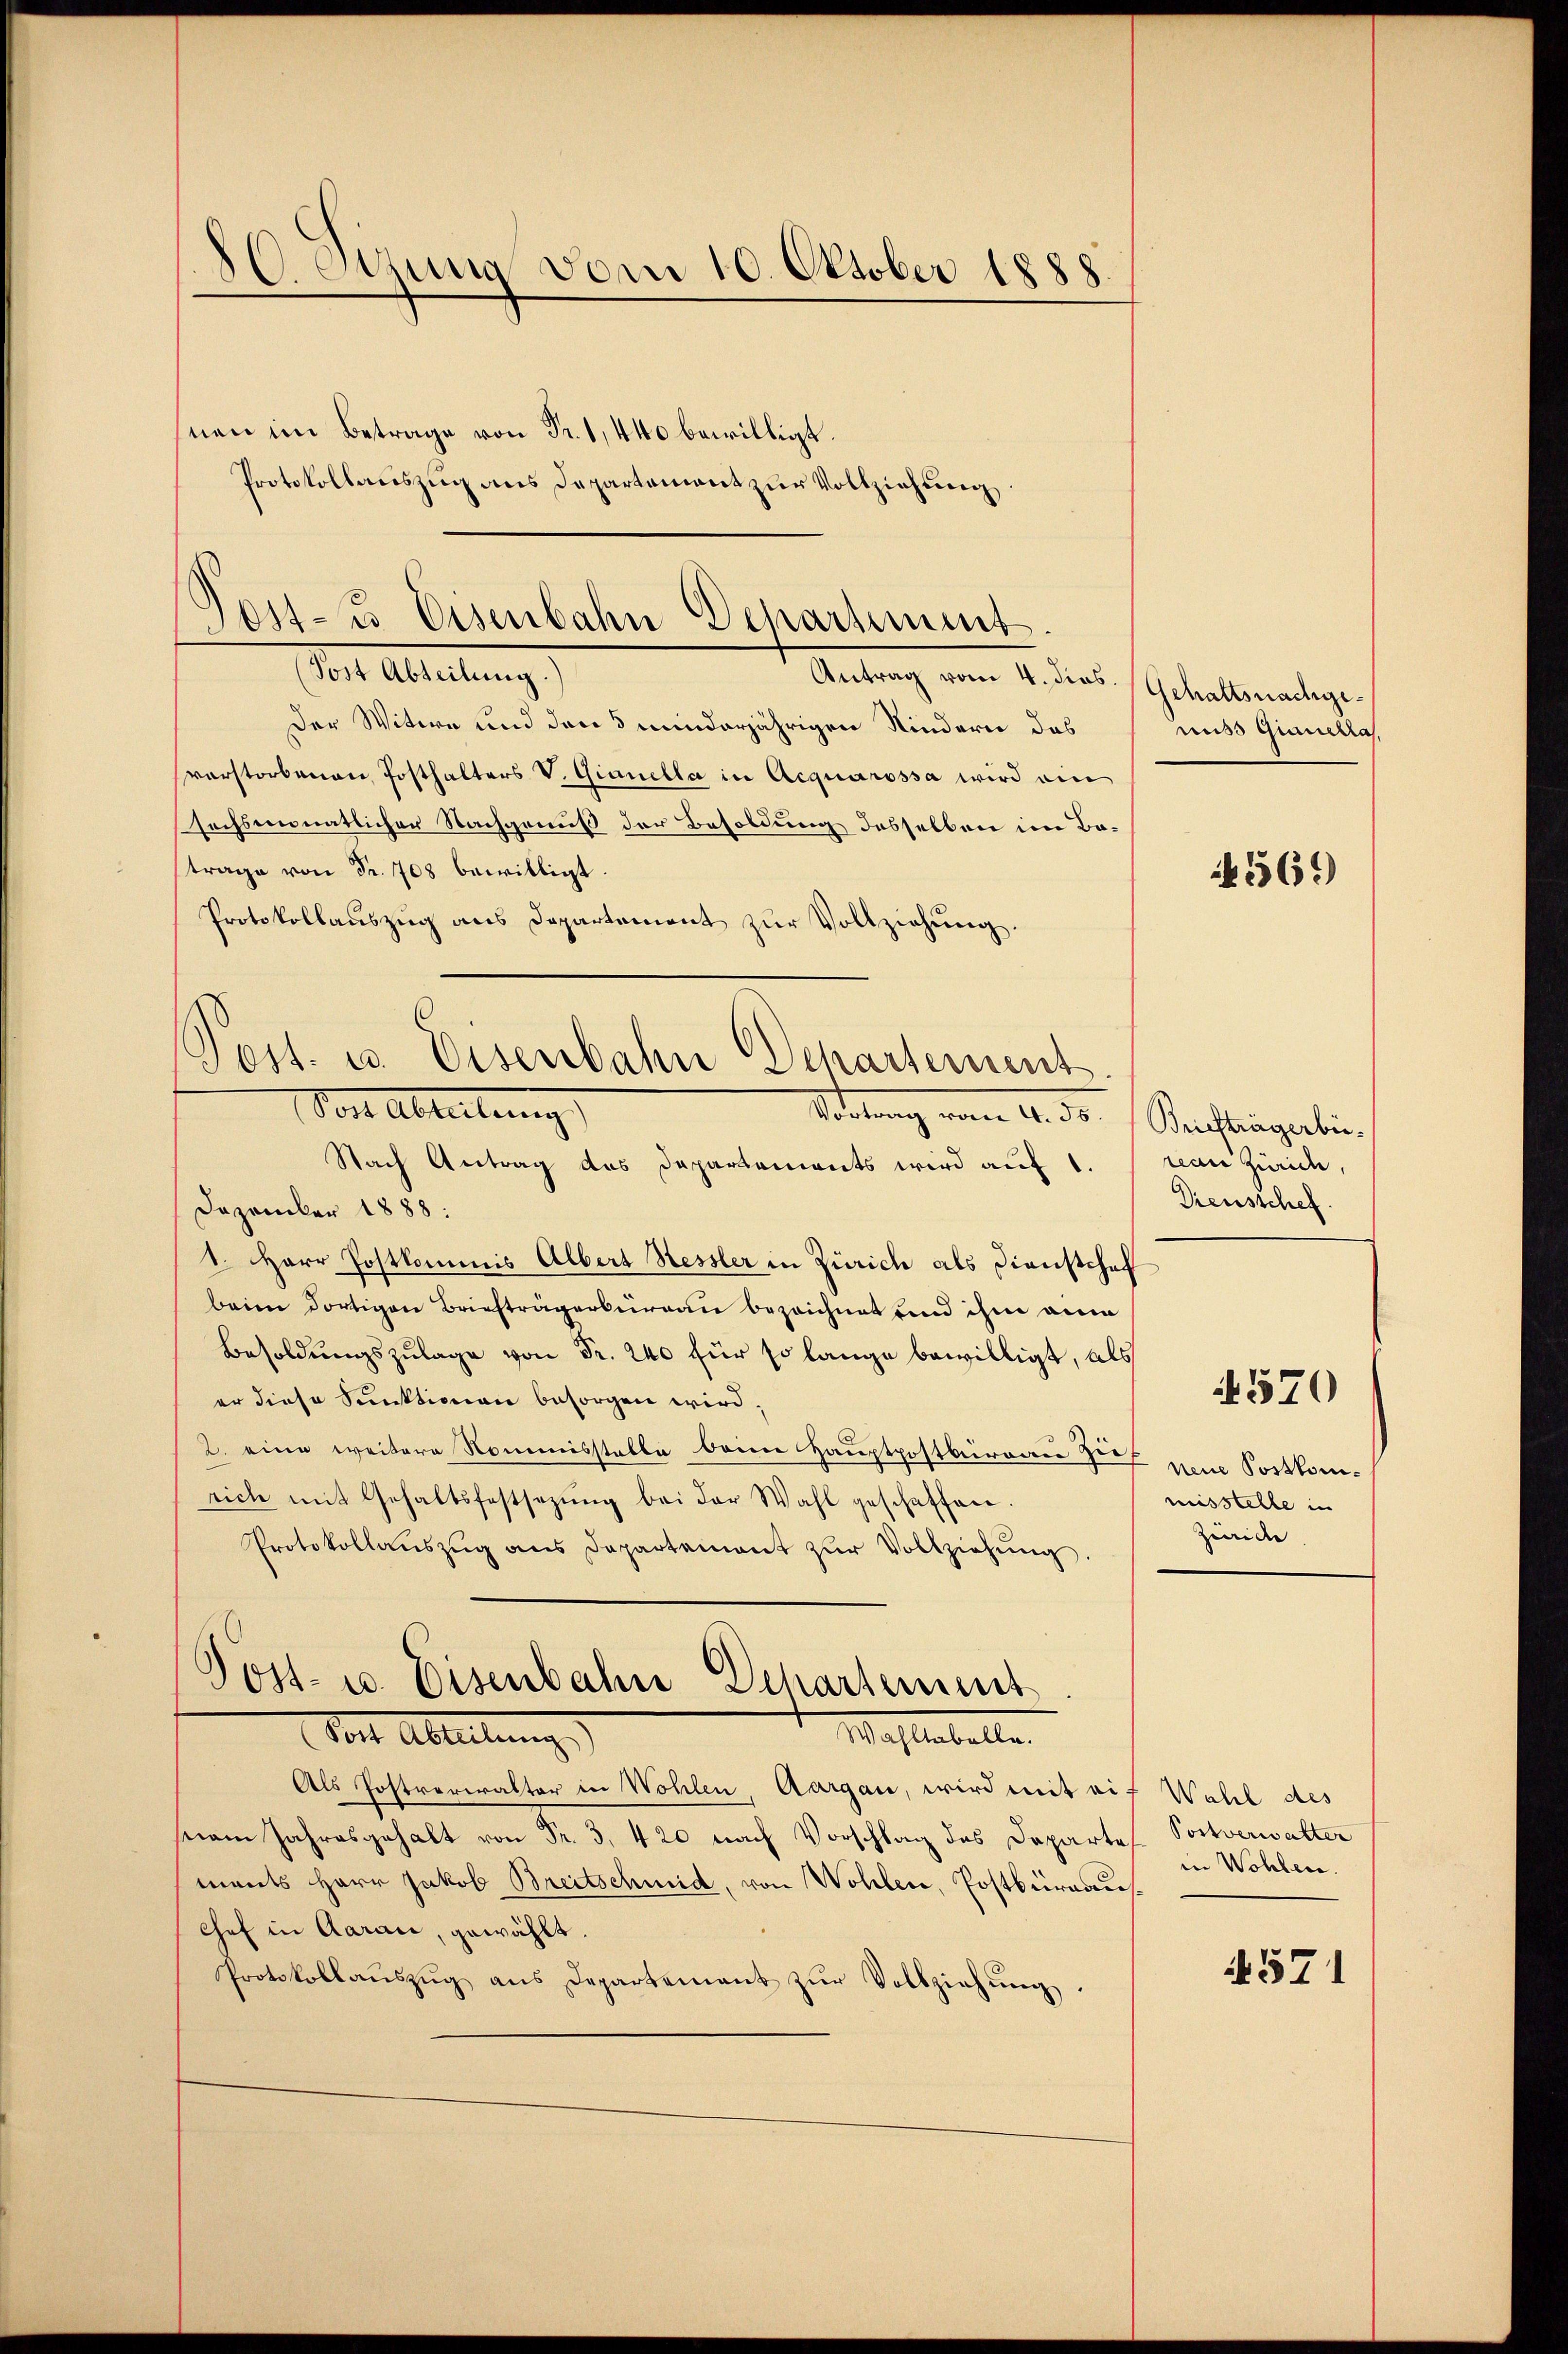
.
C. Stung vom 10. Oktober 1888.
nen im Betrage von Fr. 1, 440 bewilligt.

Protokollauszug aus Departement zur Vollziehung

Tor-u. Eisenbahn Departiment.
Sorte Abteilung
Antrag vom 4. dies. Gehaltsnachge¬

Der Witwe und den 5 minderjährigen Kindern des
verstorbenen Posthalters V. Gianella in Acquarossa wird ein
sechsmonatlicher Nachgenuß der Besoldung desselben im Batrage von Fr. 708 bewilligt.
Protokollauszug aus Departement zur Vollziehung.

Post. u. Eisenbahn Departement.
Vor Abteilung
Sottung vom 4. ds.

Nach Antrag das Dapartements wird auf 1.
Dezember 1888:
1. Herr Postkommis Albert Hessler in Zürich als Dienstchef
beim dortigen Briefträgerburgau bezeichnet und ihm an
Besoldungszulage von Fr. 240 für so lange bewilligt, als
er diese Sanktion besorgen wird.
d
2. eine weitere Nommisstelle beim Hauptpostbureare See neue Postkomsich mit Gehaltsfestsezŭng bei der Wahl geschaffen.
Protokollaŭszŭg ans Departement zŭr Vollziehŭng.
Post- u. Eisenbahn Dchartement
Mahlestelle
Sont Ableitung
Als Postverwalter in Wohlen, Aargau, wird mit aif Wahl des
seam Jahresgehalt von Fr. 3, 420 nach Vorschlag des Departes Postverwalter
ments Herr Jakob Breitschmid, von Wohlen, Postbüreaus¬
Chef in Aaraić, gewählt.
Protokollaŭszŭg ans Departement zŭr Vollziehŭng.

nuss Grauerra

1569)

Briefträgerbereau Zweid,
Diensschef.

misstelle in
Zürich

1570

in Wohlen.

4571